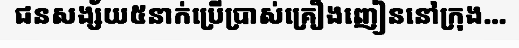
ជនសង្ស័យ៥នាក់ប្រើប្រាស់គ្រឿងញៀននៅក្រុង...